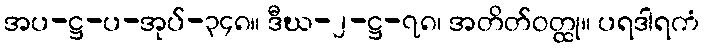
အပ-ဋ္ဌ-ပ-အုပ်-၃၄၈။ ဒီဃ-၂-ဋ္ဌ-၇၈၊ အတိတ်ဝတ္ထု။ ပရဒါရကံ